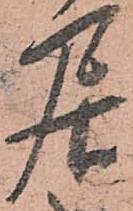
居